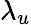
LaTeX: \lambda_{u}